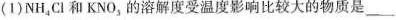
(1)NH_{4}Cl和KNO_{3}的溶解度受温度影响比较大的物质是___